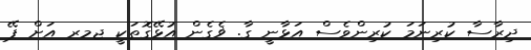
ދިރާސާ ކުރިނަމަ ކުރިންވެސް އަޅާނީ ގާ. ޥެގެން އުޅޭގޮތަކީ ޖމރ އަށް ޕޭ